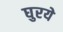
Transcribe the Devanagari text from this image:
घुरये